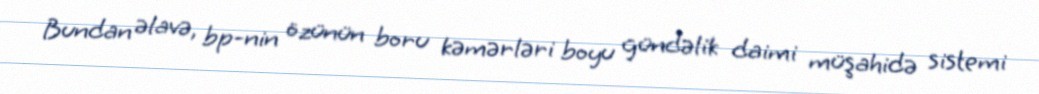
Bundan əlavə, bp-nin özünün boru kəmərləri boyu gündəlik daimi müşahidə sistemi